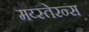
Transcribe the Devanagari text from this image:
मय्स्तेरन्स